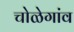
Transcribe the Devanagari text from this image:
चोळेगांव